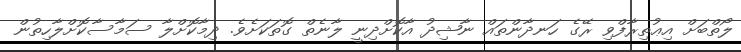
ލޯތްބަށް އިޢުތިރާފްވި ރޭގެ ހަނދާންތައް ނާޝިދު އާކޮށްދިނީ ލާނެތް ގޮތަކަށެވެ. ދިމާކޮށްލާ ސަމާސާކޮށްލާހިތުން